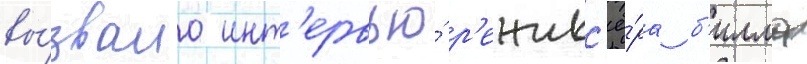
вы́звало инт'ервью́ р'ежисс'ё́ра б'илла